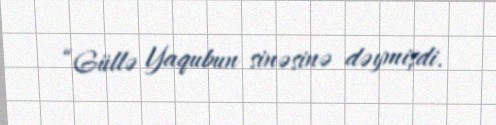
“Güllə Yaqubun sinəsinə dəymişdi.